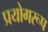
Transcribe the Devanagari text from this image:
प्रयोगरूप